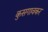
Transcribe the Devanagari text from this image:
कुसगावकर